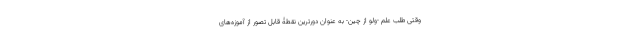
وقتی طلب علم -ولو از چین- به عنوان دورترین نقطۀ قابل تصور از آموزه‌های